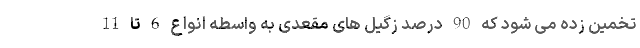
تخمین زده می شود که 90 درصد زگیل های مقعدی به واسطه انواع 6 تا 11